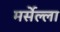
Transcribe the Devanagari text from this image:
मर्सेल्ला